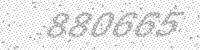
Solution: 880665